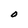
Character: O